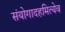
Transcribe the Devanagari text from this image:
संयोगादहमित्येव